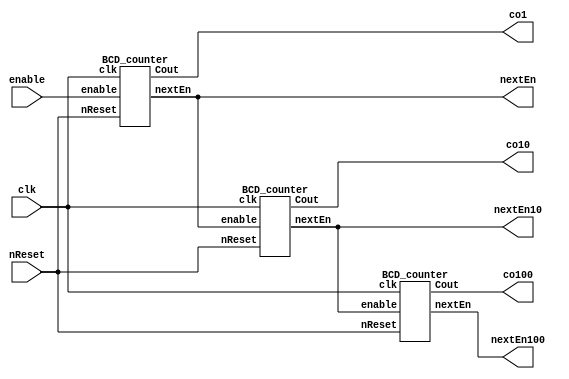
module Barbaros_INAK_Lab2(nReset, clk, enable, co1,co10,co100,nextEn,nextEn10,nextEn100);

	input nReset,clk,enable;
	output [3:0] co1,co10,co100;
	output nextEn,nextEn10,nextEn100;
	
	BCD_counter counter_1(nReset,clk,enable,nextEn,co1);
	
	BCD_counter counter_2(nReset,clk,nextEn,nextEn10,co10);
	
	BCD_counter counter_3(nReset,clk,nextEn10,nextEn100,co100);
	
endmodule

module BCD_counter(nReset, clk, enable, nextEn, Cout);

	input nReset,clk,enable;
	output nextEn;
	output [3:0] Cout;
	reg [3:0] counter;
	
	always @ (posedge clk, negedge nReset)
	begin
		if (nReset==1'b0)
			counter<=4'd0;
		else
		begin
			if(enable == 1'b1)
			begin
				if(counter == 4'd9)
					counter <= 4'd0;			
				else
					counter <= counter+4'd1;
			end
			else
				counter <= counter;
		end
					
	end
	
	assign nextEn=(counter== 4'd9 && enable==1'b1)? 1'b1 : 1'b0;
	
	assign Cout=counter;
	
endmodule